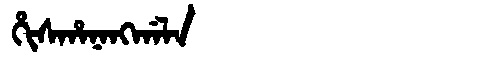
Manchu: ᡥᡳᠰᡥᠠᠨᠠᠩᡤᠠᠯᠠ
Romanization: HISHANANGGALA